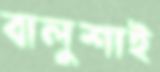
বালুশাই